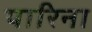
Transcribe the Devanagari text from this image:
पारिना